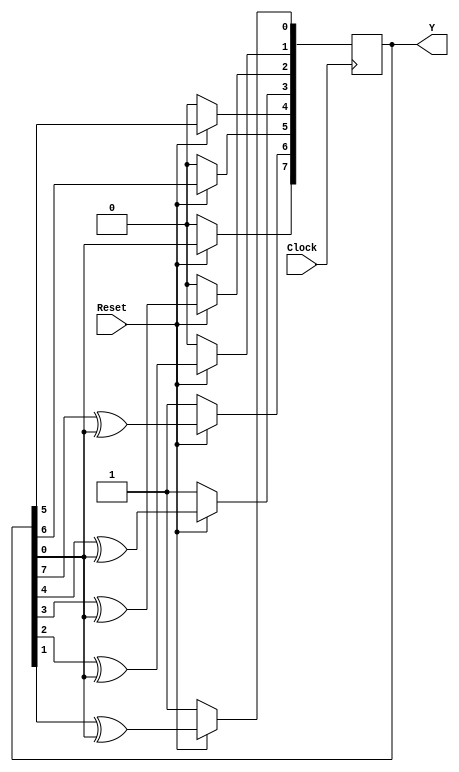
`timescale 1ns / 1ps
//////////////////////////////////////////////////////////////////////////////////
// Company: 
// Engineer: 
// 
// Design Name: 
// Module Name: Auto_LFSR_ALGO
// Project Name: 
// Target Devices: 
// Tool Versions: 
// Description: 
// 
// Dependencies: 
// 
// Revision:
// Revision 0.01 - File Created
// Additional Comments:
// 
//////////////////////////////////////////////////////////////////////////////////


module Auto_LFSR_ALGO#
(
    parameter                 Length = 8,
                              initial_state = 8'b1001_001,
    parameter [Length:1]      Tap_Coefficient = 8'b1100_1111
)
(
    input                     Clock, Reset,
    output reg [1:Length]     Y
);
    integer                   Cell_ptr;
    always @(posedge Clock) begin
        if(Reset == 1'b0) Y<=initial_state;
        else begin
            for (Cell_ptr=2;Cell_ptr<=Length;Cell_ptr=Cell_ptr+1) begin
                if(Tap_Coefficient[Length-Cell_ptr+1] == 1) Y[Cell_ptr]<=Y[Cell_ptr-1]^Y[Length];
                else Y[Cell_ptr]<=Y[Cell_ptr-1];
                Y[1]<=Y[Length];
            end
        end
    end
endmodule